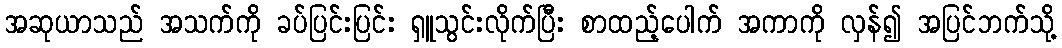
အဆုယာသည် အသက်ကို ခပ်ပြင်းပြင်း ရှူသွင်းလိုက်ပြီး စာထည့်ပေါက် အကာကို လှန်၍ အပြင်ဘက်သို့